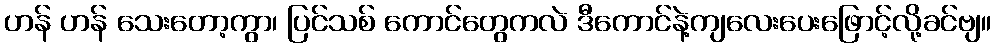
ဟန် ဟန် သေးတော့ကွာ၊ ပြင်သစ် ကောင်တွေကလဲ ဒီကောင်နဲ့ကျလေးပေးဖြောင့်လို့ခင်ဗျ။